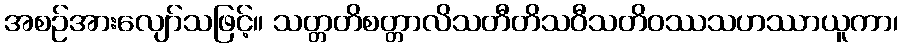
အစဉ်အားလျော်သဖြင့်။ သတ္တတိစတ္တာလိသတီတိသဝီသတိဝဿသဟဿာယူကာ၊